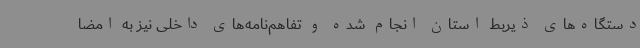
دستگاه‌های ذیربط استان انجام شده و تفاهم‌نامه‌های داخلی نیز به امضا